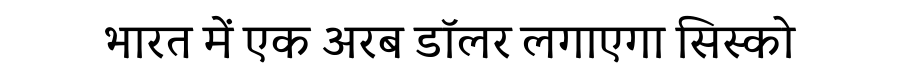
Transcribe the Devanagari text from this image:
भारत में एक अरब डॉलर लगाएगा सिस्को